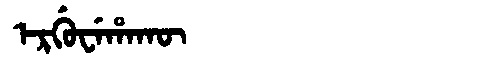
Manchu: ᡝᡵᡤᡠᠸᡝᡥᠠᡴᡡ
Romanization: ERGUWEHAKŪ